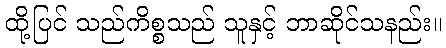
ထို့ပြင် သည်ကိစ္စသည် သူနှင့် ဘာဆိုင်သနည်း။